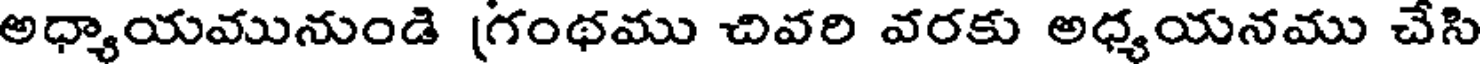
అధ్యాయమునుండి (గంథము చివరి వరకు అధ్యయనము చేసి